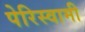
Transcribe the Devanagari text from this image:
पेरिस्वामी